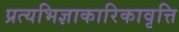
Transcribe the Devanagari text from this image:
प्रत्यभिज्ञाकारिकावृत्ति